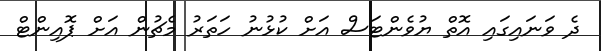
ދެ ވަނައިގައި އޮތް ޔުވެންޓަސް އަށް ކުޅުނު ހަތަރު މެޗުން އަށް ޕޮއިންޓް